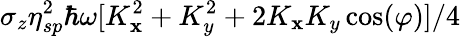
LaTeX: \sigma_{z}\eta_{sp}^{2}\hbar\omega[K_{\mathbf{x}}^{2}+K_{y}^{2}+2K_{\mathbf{x}}K_{y}\cos(\varphi)]/4